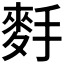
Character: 𪌐